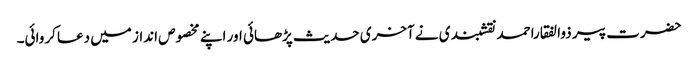
حضرت پیر ذوالفقاراحمد نقشبندی نے آخری حدیث پڑھائی اور اپنے مخصوص انداز میں دعا کروائی۔